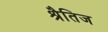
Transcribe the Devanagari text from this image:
श्रैतिज